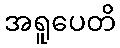
အရူပေတိ